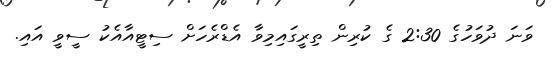
ވަނަ ދުވަހުގެ 2:30 ގެ ކުރިން ތިރީގައިމިވާ އެޑްރެހަށް ސިޓީއާއެކު ސީވީ އައި.